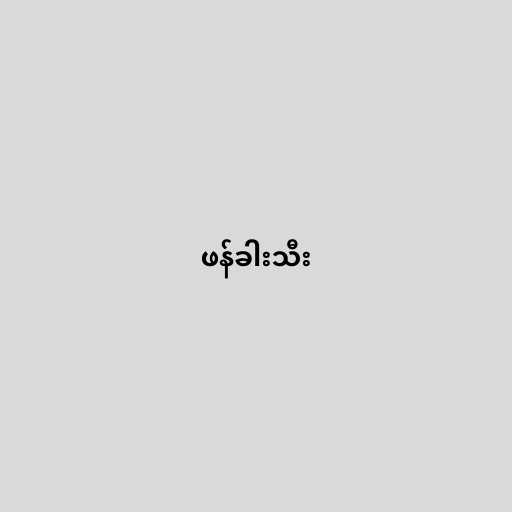
ဖန်ခါးသီး